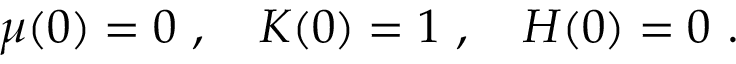
\mu ( 0 ) = 0 \ , \ \ \ K ( 0 ) = 1 \ , \ \ \ H ( 0 ) = 0 \ .